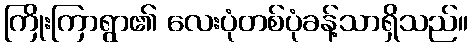
ကြိုးကြာရွာ၏ လေးပုံတစ်ပုံခန့်သာရှိသည်။